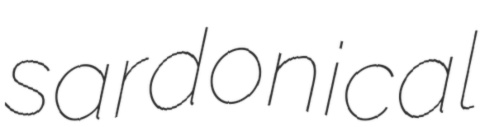
sardonical